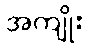
အကျိုး